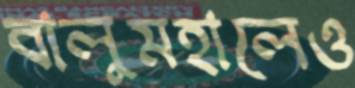
বালুমহালেও